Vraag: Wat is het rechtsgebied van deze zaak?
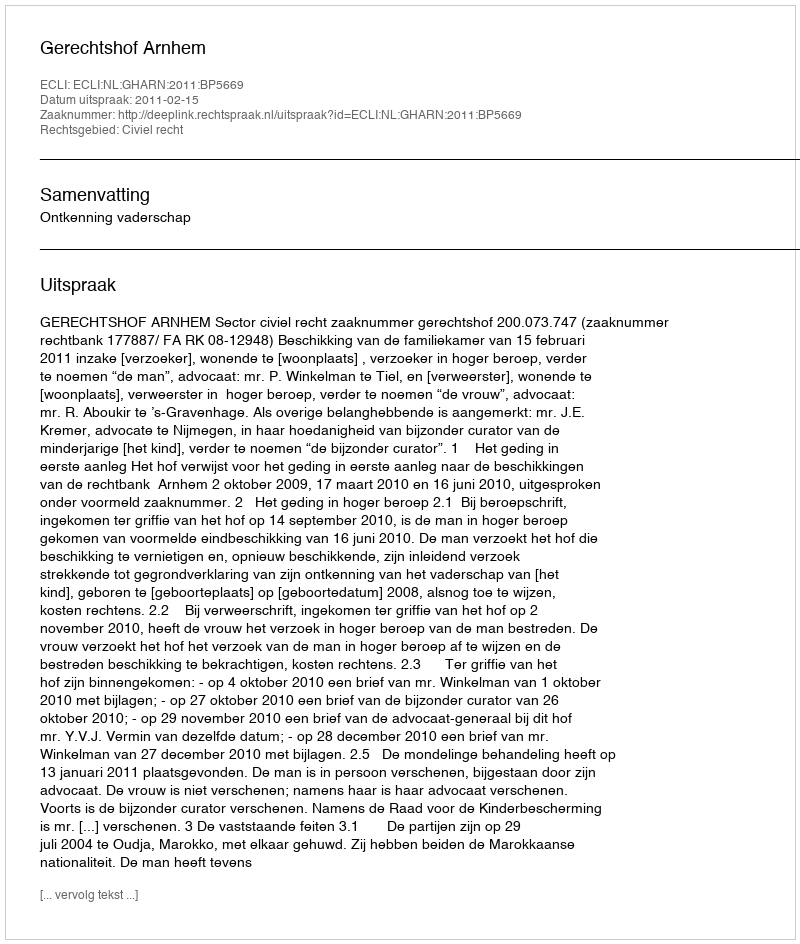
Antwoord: Civiel recht